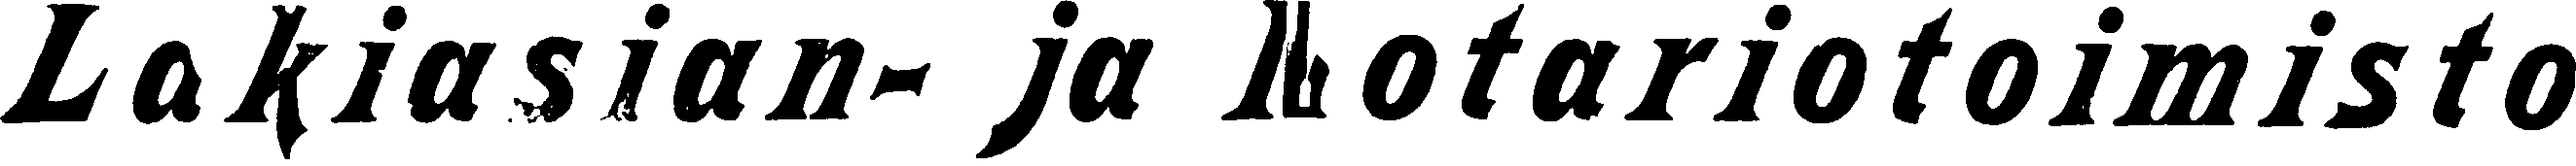
Lakiasiain- ja Notaritoimisto